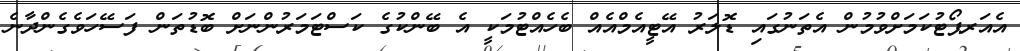
އެއަރޕޯޓުކަމަށްވުމުން އެތަނުގައި ޑޮލަރު އޭޓީއެމްއެއް ބެހެއްޓުމަކީ އެ ބޭންކުގެ ކަސްޓަމަރުންނަށް ބޮޑުތަން ފަސޭހަވެގެންދާނެ